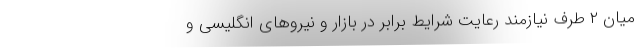
میان ۲ طرف نیازمند رعایت شرایط برابر در بازار و نیروهای انگلیسی و